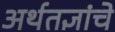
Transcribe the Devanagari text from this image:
अर्थतज्ञांचे